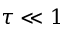
\tau \ll 1